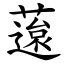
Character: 䕂